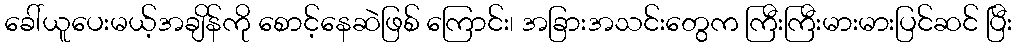
ခေါ်ယူပေးမယ့်အချိန်ကို စောင့်နေဆဲဖြစ် ကြောင်း၊ အခြားအသင်းတွေက ကြီးကြီးမားမားပြင်ဆင် ပြီး